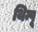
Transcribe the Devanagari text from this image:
थिम्पू